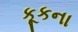
કૂકના